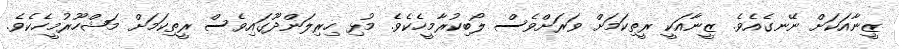
ޒީނާއަކަށް ނޭނގެއެވެ. ޒީނާއަކީ ރީތިކަމަށް ވަރަށްވެސް ލޯބިކުރާމީހެކެވެ. މުޅި ހިރިލަންދޫގައިވެސް ރީތިކަމަށް މަޝްހޫރުމީހެކެވެ.